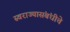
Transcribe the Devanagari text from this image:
स्वराज्यासंबंधीचे